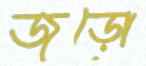
জড়ো